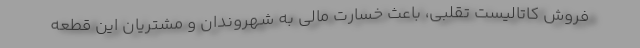
فروش کاتالیست تقلبی، باعث خسارت مالی به شهروندان و مشتریان این قطعه